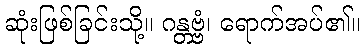
ဆုံးဖြစ်ခြင်းသို့။ ဂန္တဗ္ဗံ၊ ရောက်အပ်၏။